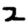
Digit: 2